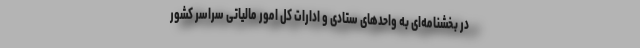
در بخشنامه‌ای به واحدهای ستادی و ادارات کل امور مالیاتی سراسر کشور